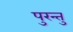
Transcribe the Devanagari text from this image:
पुरन्तु